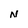
Character: N